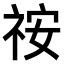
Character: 𥙔